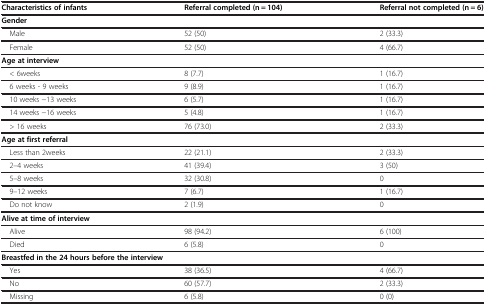
<table><thead><tr><td><b>Characteristics of infants</b></td><td><b>Referral completed (n = 104)</b></td><td><b>Referral not completed (n = 6)</b></td></tr></thead><tbody><tr><td colspan="3"><b>Gender</b></td></tr><tr><td> Male</td><td>52 (50)</td><td>2 (33.3)</td></tr><tr><td> Female</td><td>52 (50)</td><td>4 (66.7)</td></tr><tr><td colspan="3"><b>Age at interview</b></td></tr><tr><td> &lt; 6weeks</td><td>8 (7.7)</td><td>1 (16.7)</td></tr><tr><td> 6 weeks - 9 weeks</td><td>9 (8.9)</td><td>1 (16.7)</td></tr><tr><td> 10 weeks −13 weeks</td><td>6 (5.7)</td><td>1 (16.7)</td></tr><tr><td> 14 weeks −16 weeks</td><td>5 (4.8)</td><td>1 (16.7)</td></tr><tr><td> &gt; 16 weeks</td><td>76 (73.0)</td><td>2 (33.3)</td></tr><tr><td colspan="3"><b>Age at first referral</b></td></tr><tr><td> Less than 2weeks</td><td>22 (21.1)</td><td>2 (33.3)</td></tr><tr><td> 2–4 weeks</td><td>41 (39.4)</td><td>3 (50)</td></tr><tr><td> 5–8 weeks</td><td>32 (30.8)</td><td>0</td></tr><tr><td> 9–12 weeks</td><td>7 (6.7)</td><td>1 (16.7)</td></tr><tr><td> Do not know</td><td>2 (1.9)</td><td>0</td></tr><tr><td colspan="3"><b>Alive at time of interview</b></td></tr><tr><td> Alive</td><td>98 (94.2)</td><td>6 (100)</td></tr><tr><td> Died</td><td>6 (5.8)</td><td>0</td></tr><tr><td colspan="3"><b>Breastfed in the 24 hours before the interview</b></td></tr><tr><td> Yes</td><td>38 (36.5)</td><td>4 (66.7)</td></tr><tr><td> No</td><td>60 (57.7)</td><td>2 (33.3)</td></tr><tr><td> Missing</td><td>6 (5.8)</td><td>0 (0)</td></tr></tbody></table>